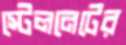
স্টেলনেটের